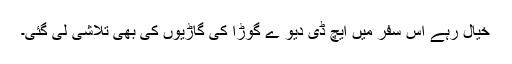
خیال رہے اس سفر میں ایچ ڈی دیو ے گوڑا کی گاڑیوں کی بھی تلاشی لی گئی۔